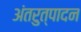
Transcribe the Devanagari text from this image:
अंतरुत्पादन